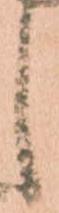
し